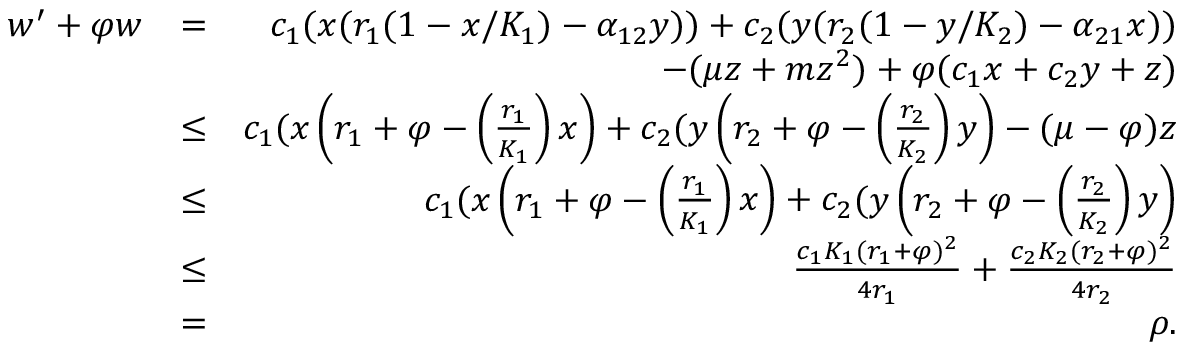
\begin{array} { r l r } { w ^ { \prime } + \varphi w } & { = } & { c _ { 1 } ( x ( r _ { 1 } ( 1 - x / K _ { 1 } ) - \alpha _ { 1 2 } y ) ) + c _ { 2 } ( y ( r _ { 2 } ( 1 - y / K _ { 2 } ) - \alpha _ { 2 1 } x ) ) } \\ & { } & { - ( \mu z + m z ^ { 2 } ) + \varphi ( c _ { 1 } x + c _ { 2 } y + z ) } \\ & { \leq } & { c _ { 1 } ( x \left( r _ { 1 } + \varphi - \left( \frac { r _ { 1 } } { K _ { 1 } } \right) x \right) + c _ { 2 } ( y \left( r _ { 2 } + \varphi - \left( \frac { r _ { 2 } } { K _ { 2 } } \right) y \right) - ( \mu - \varphi ) z } \\ & { \leq } & { c _ { 1 } ( x \left( r _ { 1 } + \varphi - \left( \frac { r _ { 1 } } { K _ { 1 } } \right) x \right) + c _ { 2 } ( y \left( r _ { 2 } + \varphi - \left( \frac { r _ { 2 } } { K _ { 2 } } \right) y \right) } \\ & { \leq } & { \frac { c _ { 1 } K _ { 1 } ( r _ { 1 } + \varphi ) ^ { 2 } } { 4 r _ { 1 } } + \frac { c _ { 2 } K _ { 2 } ( r _ { 2 } + \varphi ) ^ { 2 } } { 4 r _ { 2 } } } \\ & { = } & { \rho . } \end{array}